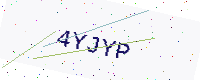
Text: 4YJYP